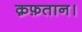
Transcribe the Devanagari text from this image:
क़फ़तान।